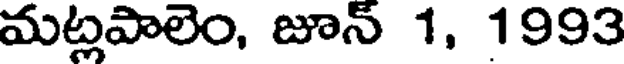
మట్లపాలెం, జూన్ 1, 1993